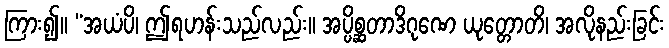
ကြား၍။ “အယံပိ၊ ဤရဟန်းသည်လည်း။ အပ္ပိစ္ဆတာဒိဂုဏေ ယုတ္တောတိ၊ အလိုနည်းခြင်း